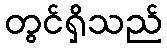
တွင်ရှိသည်